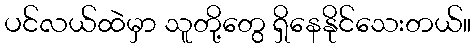
ပင်လယ်ထဲမှာ သူတို့တွေ ရှိနေနိုင်သေးတယ်။